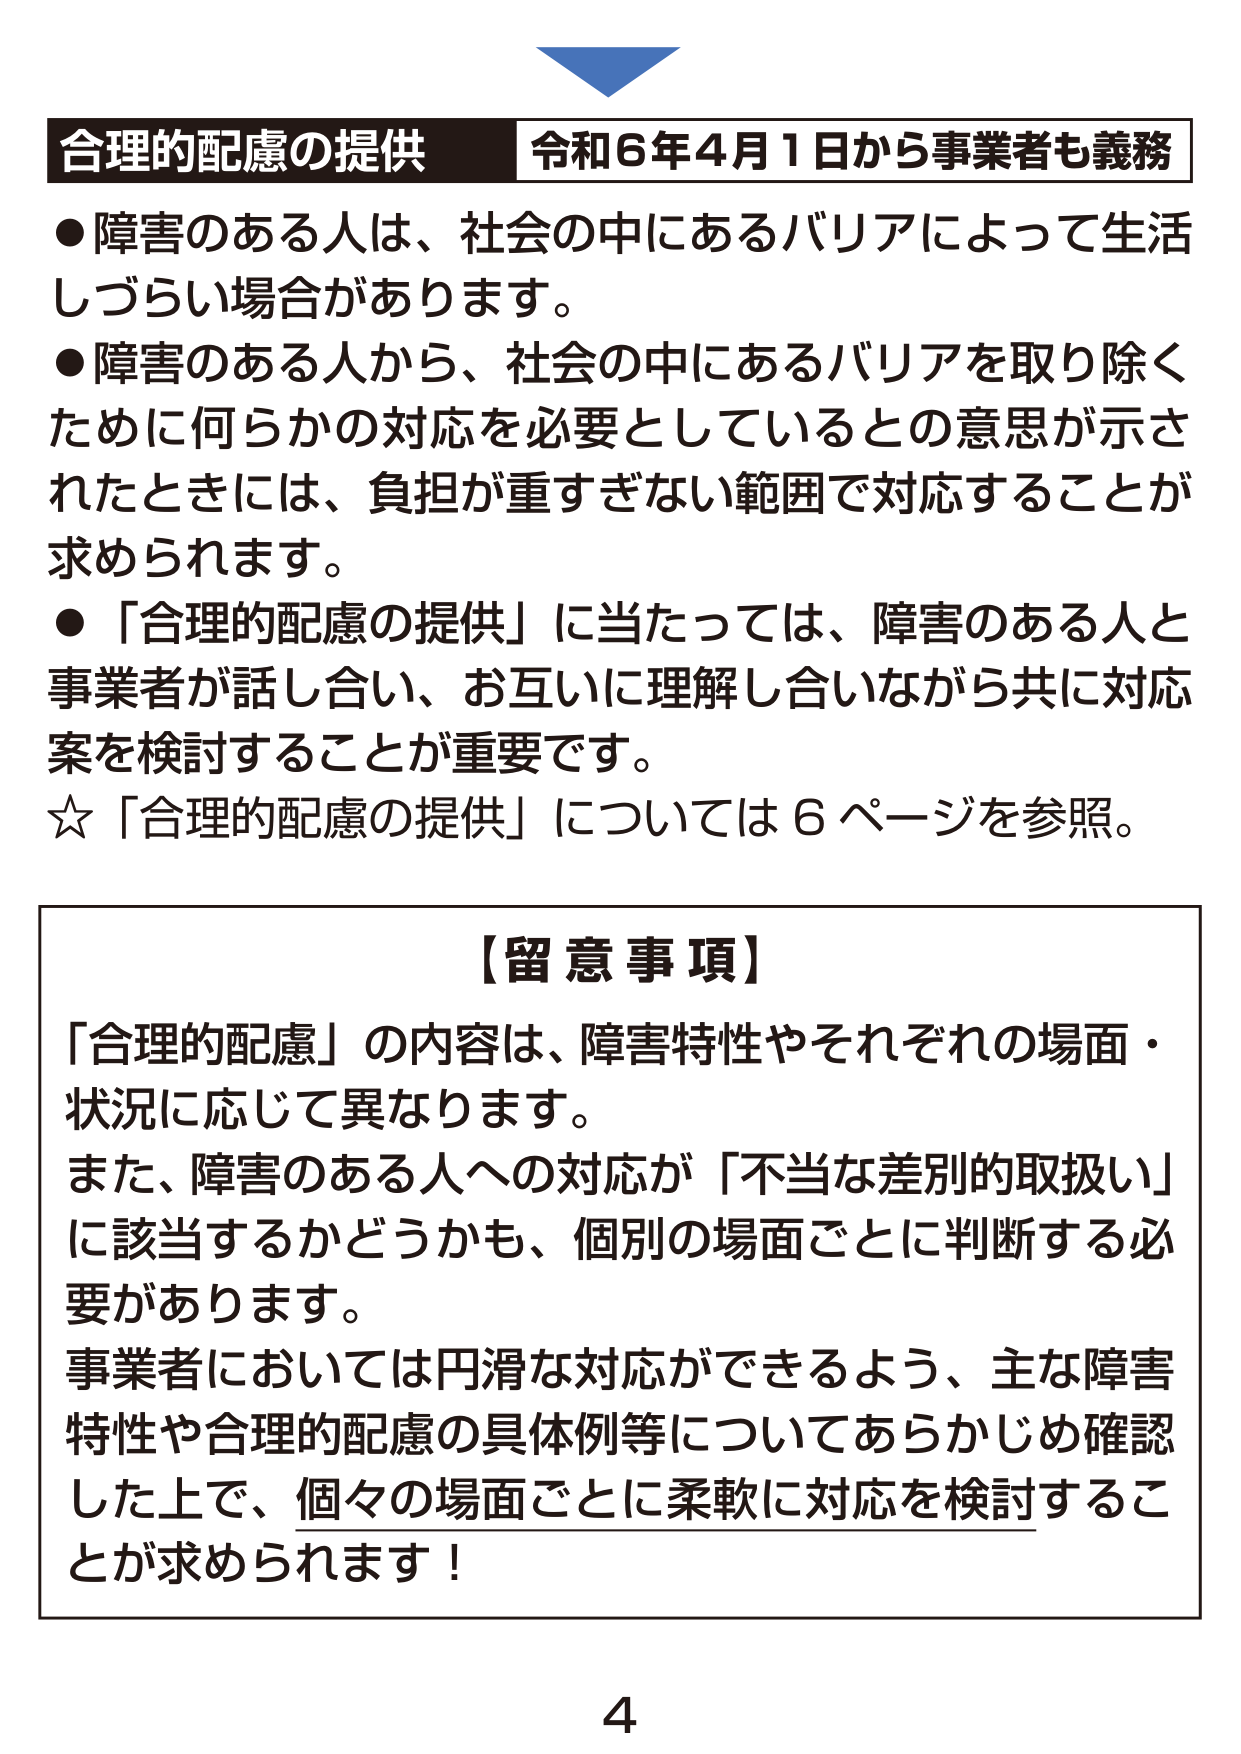
合理的配慮の提供 令和6年4月1日から事業者も義務
●障害のある人は、社会の中にあるバリアによって生活しづらい場合があります。
●障害のある人から、社会の中にあるバリアを取り除くために何らかの対応を必要としているとの意思が示されたときには、負担が重すぎない範囲で対応することが求められます。
●「合理的配慮の提供」に当たっては、障害のある人と事業者が話し合い、お互いに理解し合いながら共に対応案を検討することが重要です。
☆「合理的配慮の提供」については6ページを参照。

【留意事項】
「合理的配慮」の内容は、障害特性やそれぞれの場面・状況に応じて異なります。
また、障害のある人への対応が「不当な差別的取扱い」に該当するかどうかも、個別の場面ごとに判断する必要があります。
事業者においては円滑な対応ができるよう、主な障害特性や合理的配慮の具体例等についてあらかじめ確認した上で、個々の場面ごとに柔軟に対応を検討することが求められます！

4